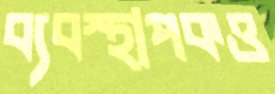
ব্যবস্থাপকও